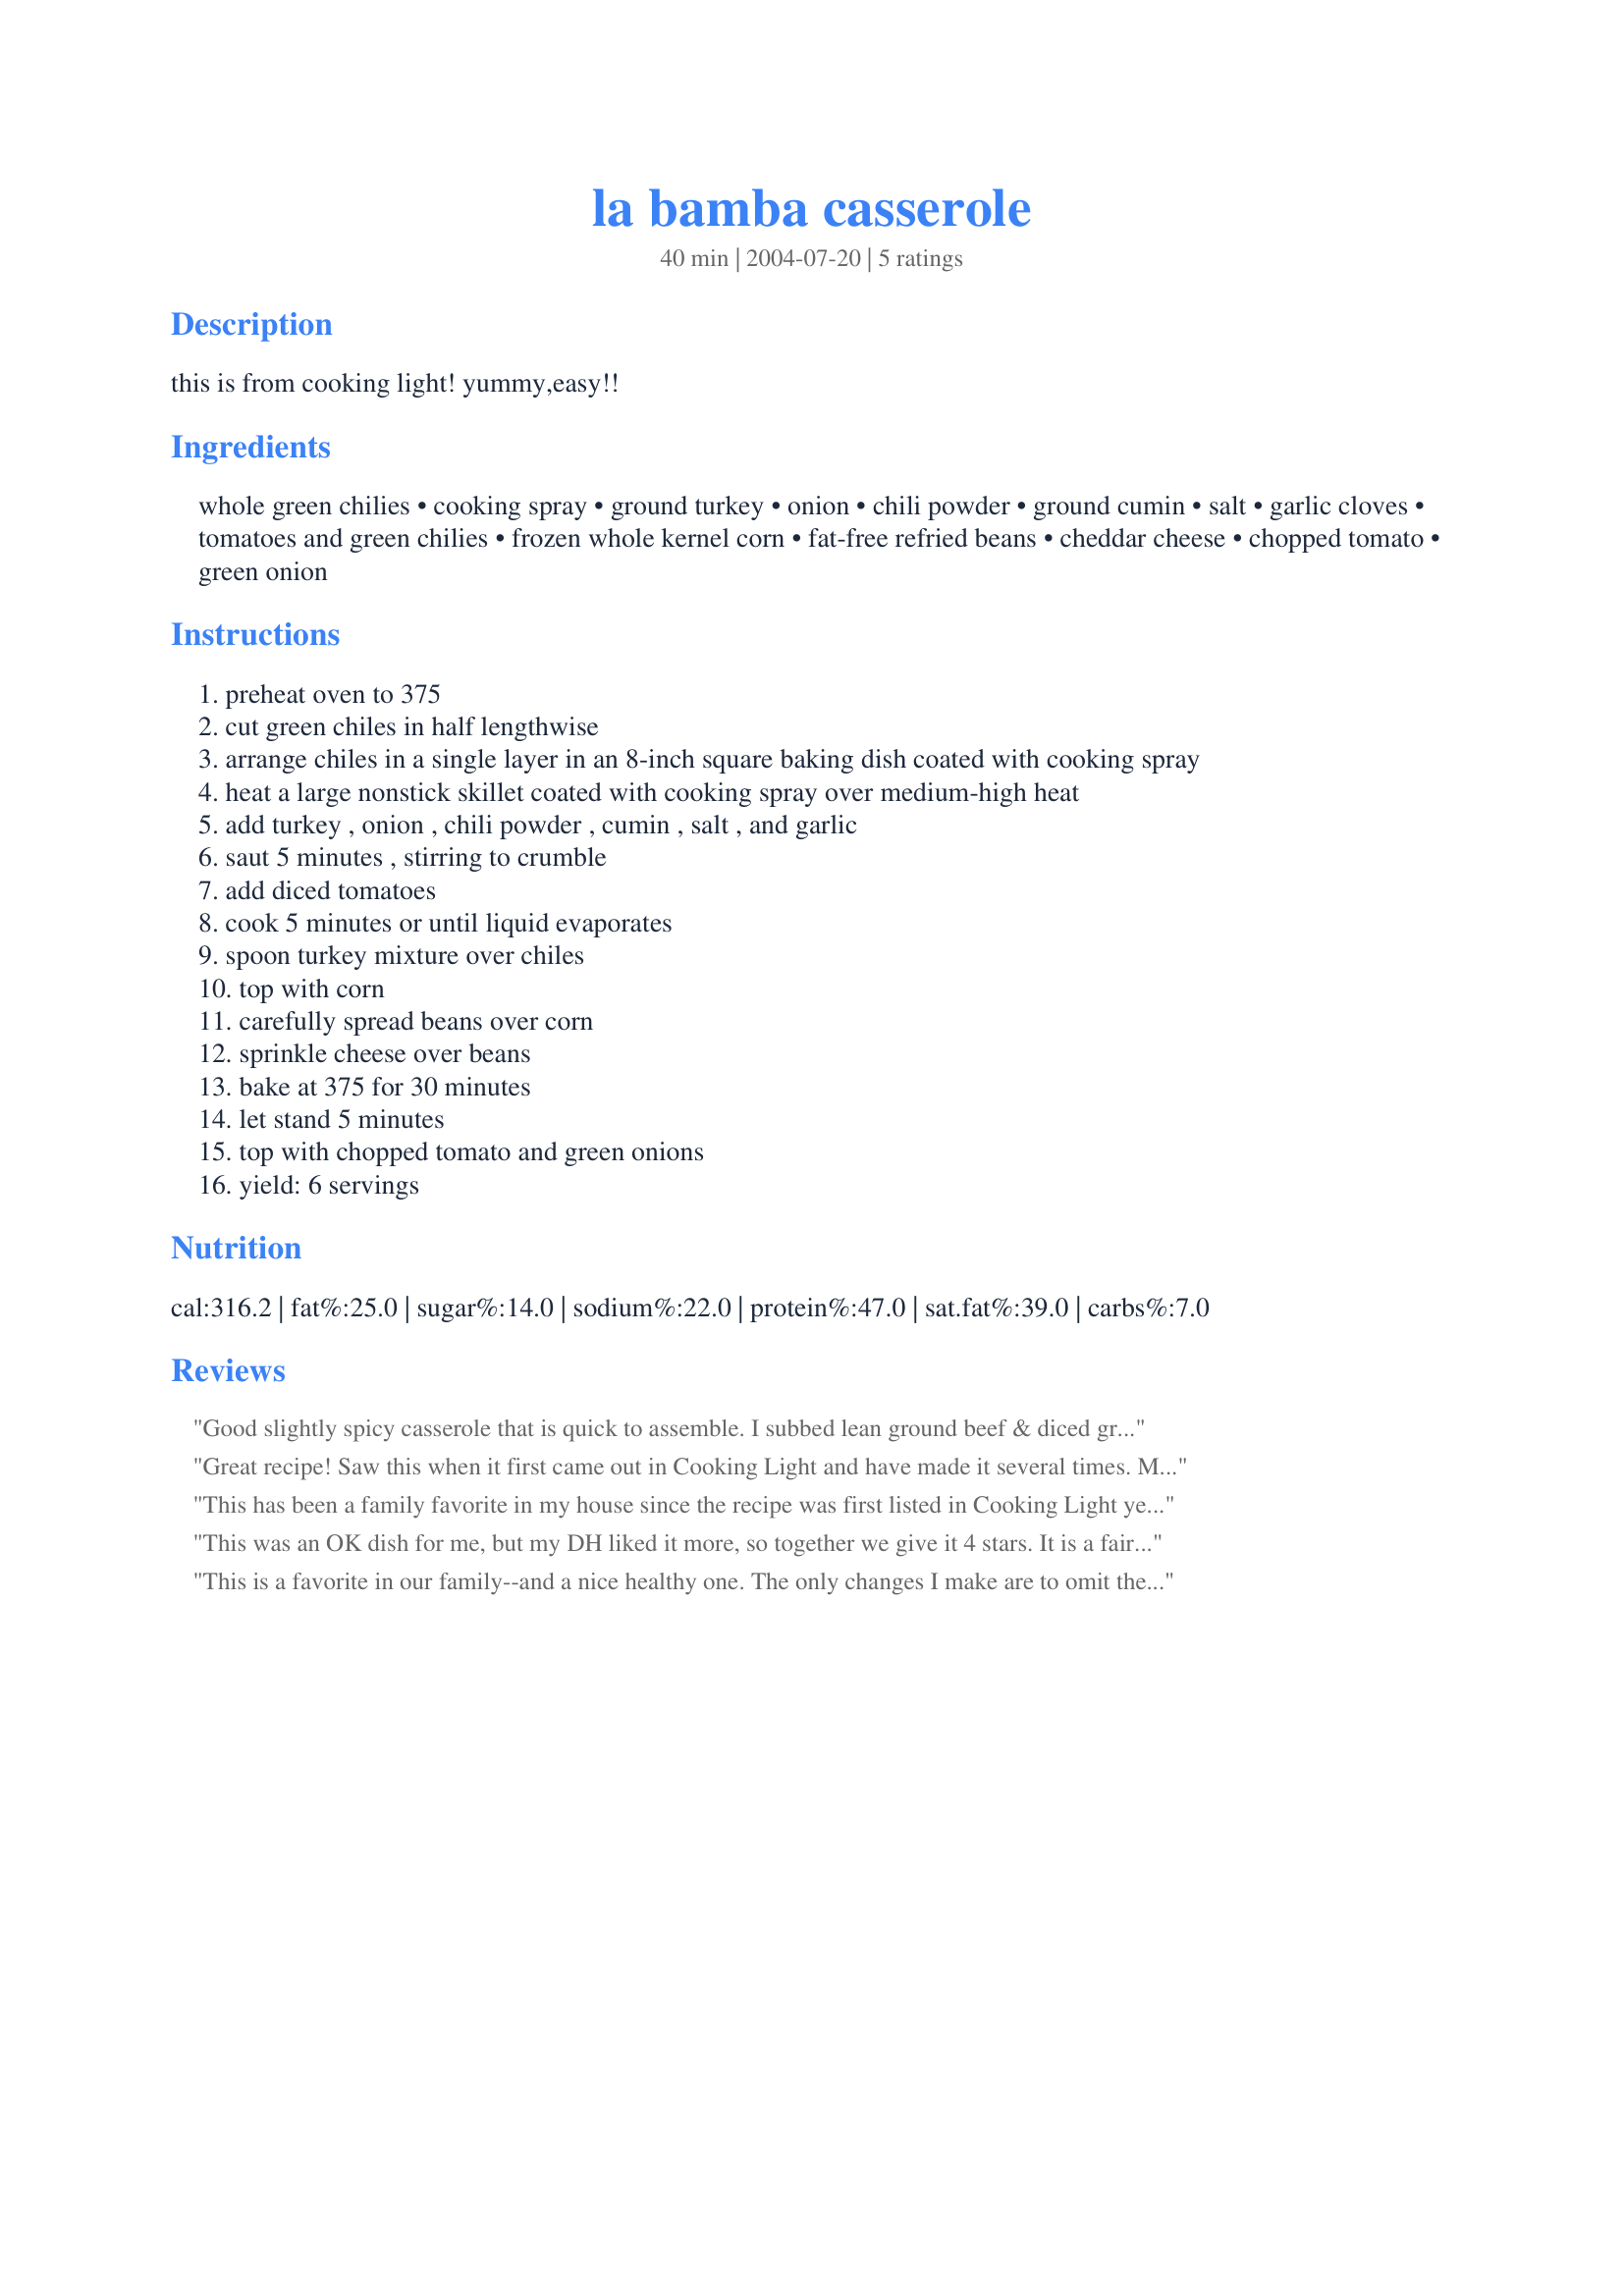
la bamba casserole
Preparation time: 40 minutes

this is from cooking light! yummy,easy!!

Ingredients:
whole green chilies, cooking spray, ground turkey, onion, chili powder, ground cumin, salt, garlic cloves, tomatoes and green chilies, frozen whole kernel corn, fat-free refried beans, cheddar cheese, chopped tomato, green onion

Steps:
preheat oven to 375
cut green chiles in half lengthwise
arrange chiles in a single layer in an 8-inch square baking dish coated with cooking spray
heat a large nonstick skillet coated with cooking spray over medium-high heat
add turkey , onion , chili powder , cumin , salt , and garlic
saut 5 minutes , stirring to crumble
add diced tomatoes
cook 5 minutes or until liquid evaporates
spoon turkey mixture over chiles
top with corn
carefully spread beans over corn
sprinkle cheese over beans
bake at 375 for 30 minutes
let stand 5 minutes
top with chopped tomato and green onions
yield: 6 servings

Reviews:
Good slightly spicy casserole that is quick to assemble. I subbed lean ground beef & diced green chilies because that is what we had. Would be good with tortilla chips or even with tortillas. We served ours with spicy corn soup. I like that it doesn't make a huge amount like some casseroles do. This would be perfect for 4-6 people, or for 2 people, you can have leftovers for a few days.
Great recipe! Saw this when it first came out in Cooking Light and have made it several times. More substantial than other "healthy" food, servings are generous and casserole is very filling. Used lowfat shredded cheese, otherwsie as stated. Thanks for sharing the recipe!
This has been a family favorite in my house since the recipe was first listed in Cooking Light years ago. It is hearty and flavorful, but still relatively healthy, and not very spicy for those who like milder flavors.
This was an OK dish for me, but my DH liked it more, so together we give it 4 stars. It is a fairly healthy recipe and was filling for a quick, weeknight dinner. We topped it with FF sour cream and salsa. Thanks Irish!
This is a favorite in our family--and a nice healthy one. The only changes I make are to omit the whole green chilies & the refried beans. I also use the diced tomatoes with MILD green chilies (the others are a bit spicy for my kids). I've doubled the recipe & baked in a 9x13 casserole for a family gathering & it was well received there also. It's a nice recipe that uses ground turkey that seems like it belongs there & wasn't substituted for ground beef. Sour cream is a nice addition for garnishing.
